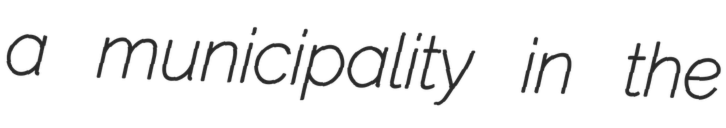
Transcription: a municipality in the